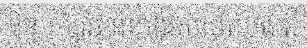
និន្នាការវិវត្តន៍ខាងវិស័យប្រេង រ៉ែ